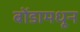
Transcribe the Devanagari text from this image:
बोंडामधून